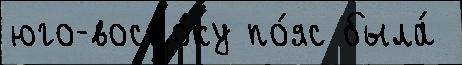
юго-восто́ку по́яс была́